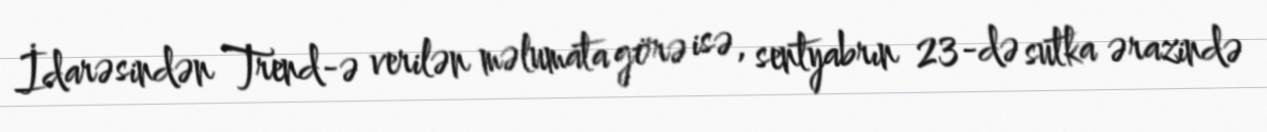
İdarəsindən Trend-ə verilən məlumata görə isə, sentyabrın 23-də sutka ərazində